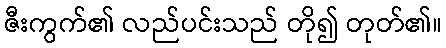
ဇီးကွက်၏ လည်ပင်းသည် တို၍ တုတ်၏။